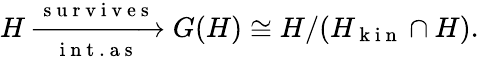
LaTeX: \begin{array}{r}{H\xrightarrow[\mathrm{~i~n~t~.~a~s~}]{\mathrm{~s~u~r~v~i~v~e~s~}}G(H)\cong H/(H_{\mathrm{~k~i~n~}}\cap H).}\end{array}